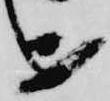
を